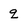
Character: q